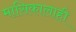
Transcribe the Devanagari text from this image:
मासिकालाही